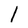
Character: I